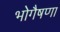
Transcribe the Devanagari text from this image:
भोगैषणा